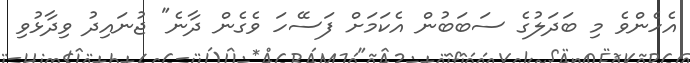
އެހެންވެ މި ބަދަލުގެ ސަބަބުން އެކަމަށް ފަސޭހަ ވެގެން ދާނެ" ޖުނައިދު ވިދާޅުވި